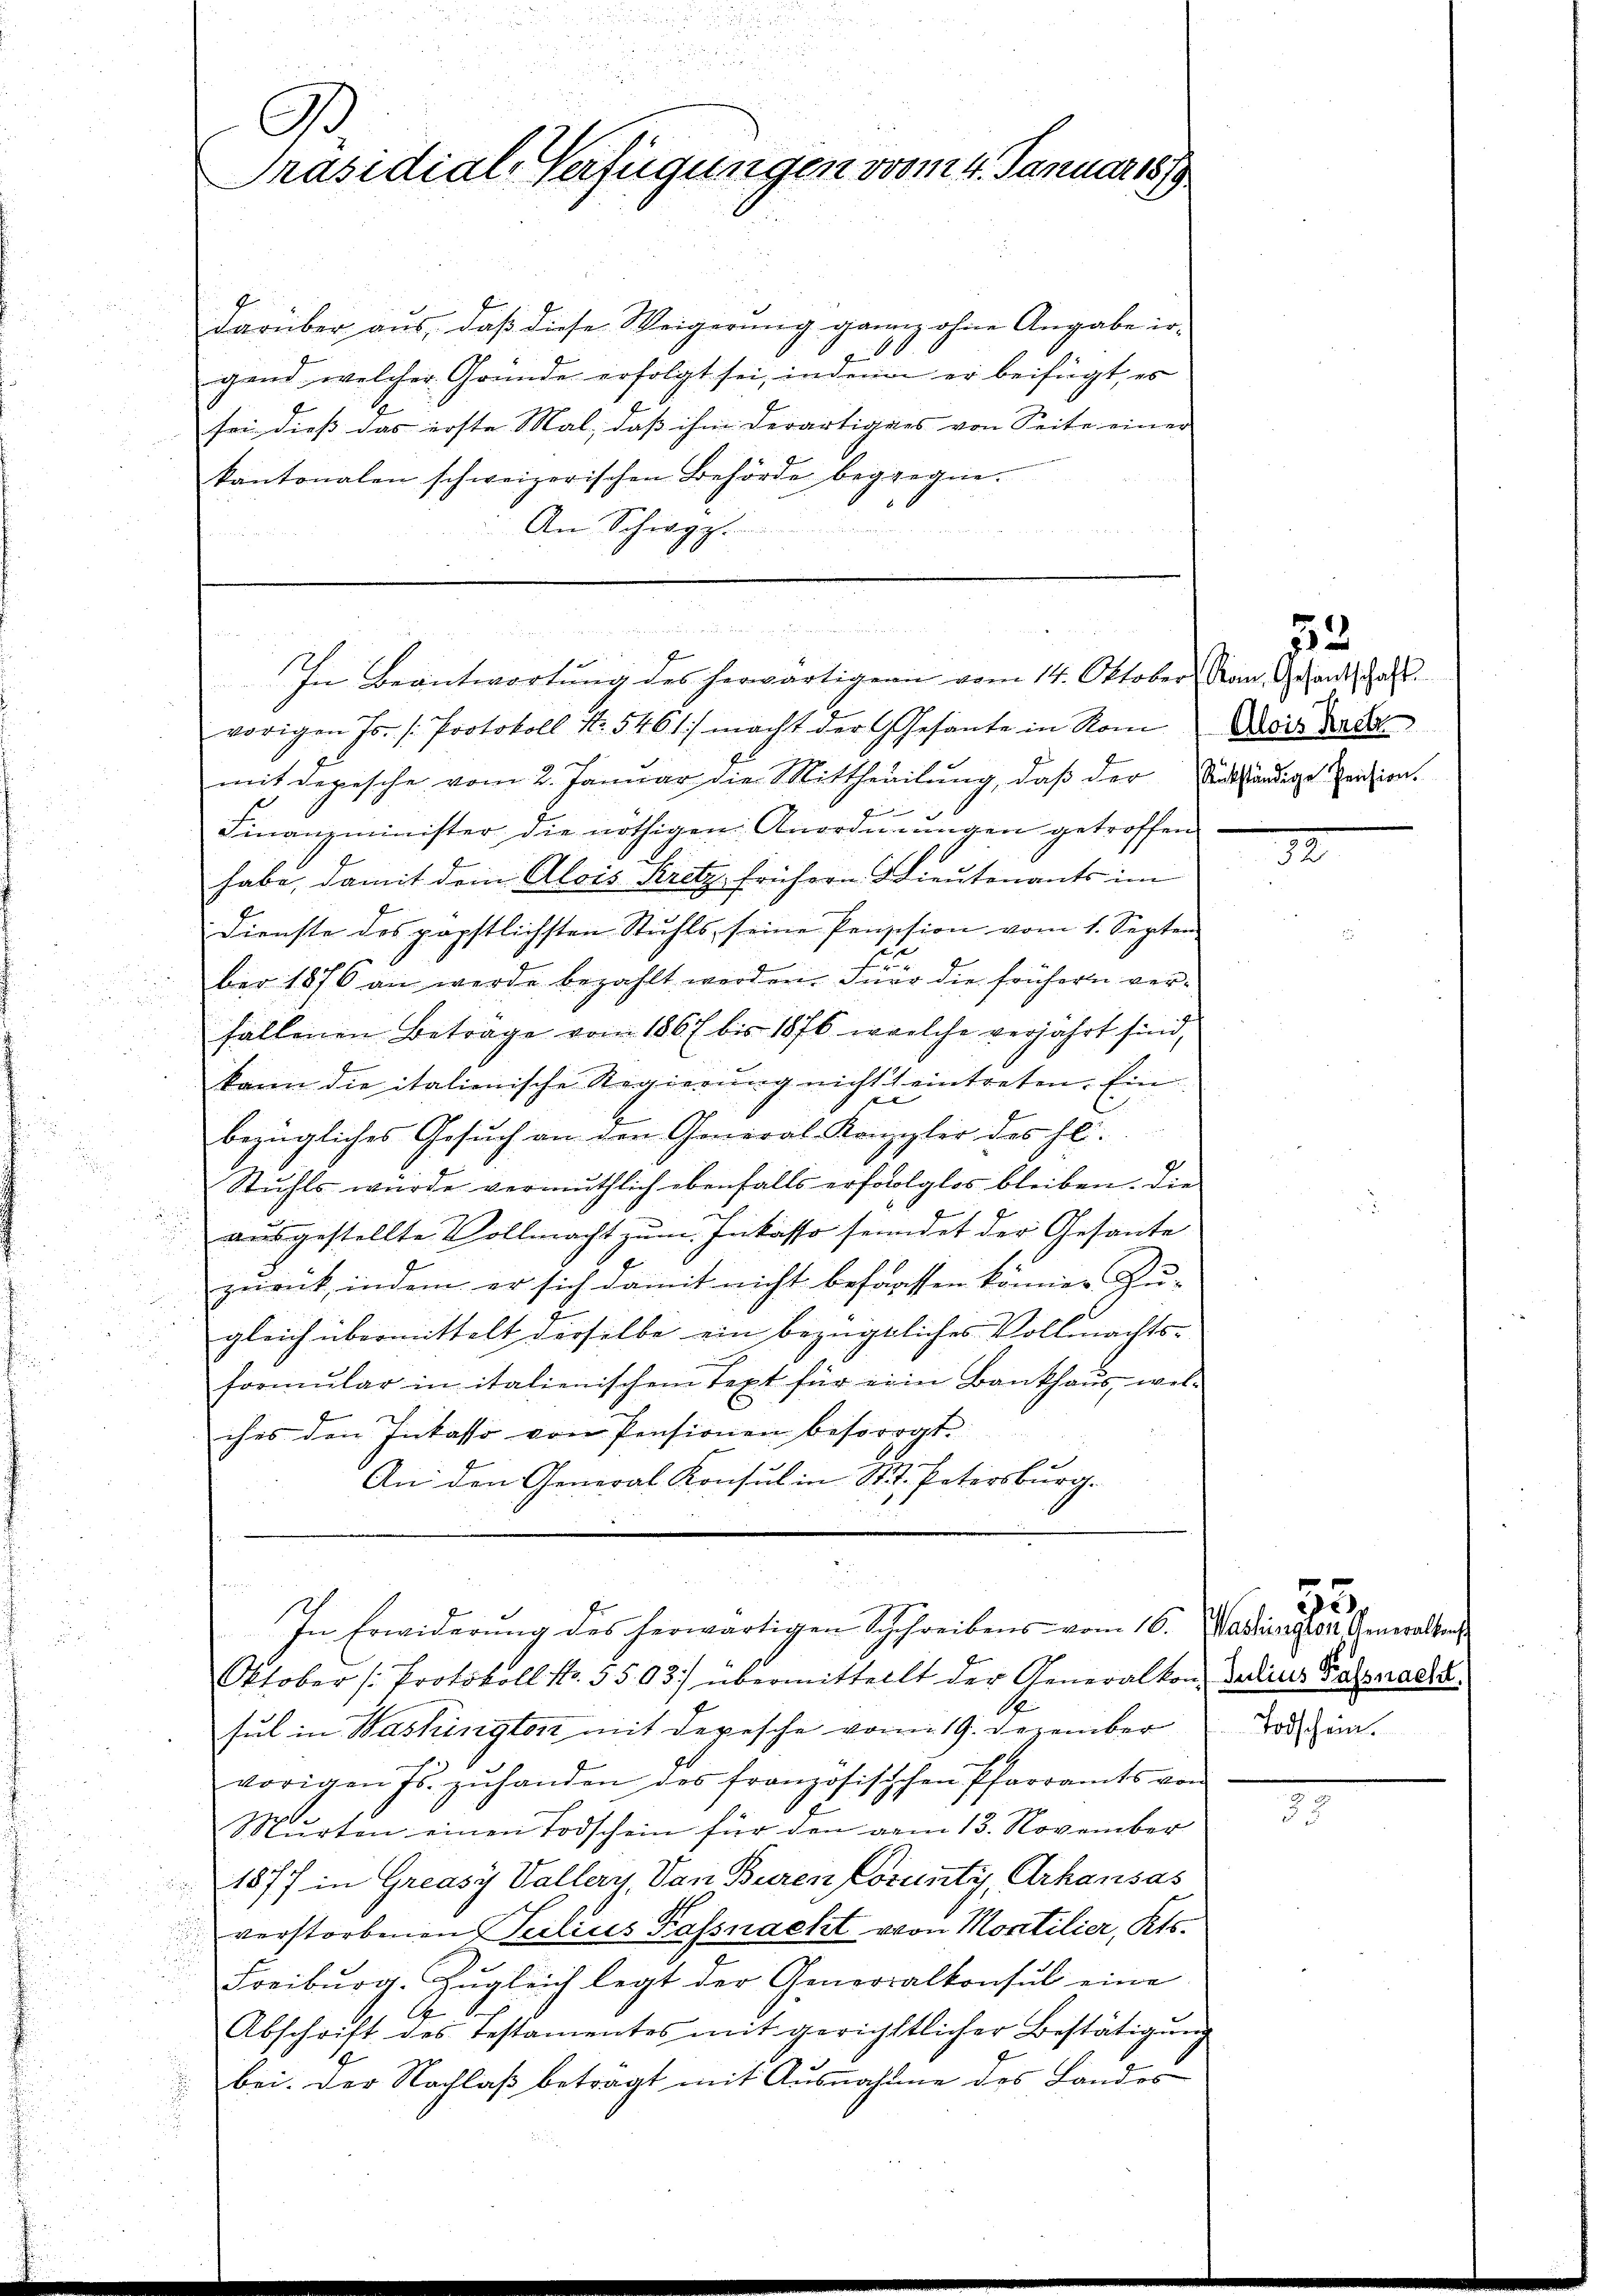
darüber aus, daß diese Weigerung ganz ohne Angabe ir-
.
gend welcher Gründe erfolgt sei, indem er beifügt, es
sei dieß das erste Mal, daβ ihm derartigens von Seite einer
kantonalen schweizerischen Behörde begegne.
An Schwyz.

Ge
Präsidial-Verfügungen vom 4. Januar 1889

vorigen Js. (Protokoll No. 5461) macht der Gesante in Rom
mit Depesche vom 2. Januar die Mittheilung, daß der Rückständige seition.
.
Finanzminister die nöthigen Anordnungen getroffen
habe, damit dem Alois Kretz, frühern Lieutenants im
Dienste des päpstlichsten Stuhls seine Penzision vom 1. Septem
2
f
ber 1876 an werde bezahlt werden. Iner die frühern verfallenen Betrage von 1867 bis 1876, welche verjährt sind,
kann die italienische Regierung nicht eintreten. Ein
zu
bezügliches Gesuch an den General-Kanzler des hl.
Stuhls würde vermuthlich ebenfalls erfololglos bleiben. Die
aŭsgestellte Vollmacht zum Inkasso seindet der Gesante
zurück, indem er sich damit nicht befaassen können Zu-
gleich übermittelt derselbe ein bezügliches Vollmachtsformŭlar in italienischem Text für ein Bankhaŭs, wel-
ches den Inkasso von Pensionen besorgt.
An den General Konsul in St. Petersburg.
Bier 18
u
In Erwiderŭng des herwärtigen Schreibens vom 16. Washingen Generalten
Oktober (Protokoll No. 5503) übermittellt der Generalkon, Julius Faßnacht
sul in Washington mit Depesche vom 19. Dezember Tod hinvorigen Js. zŭ handen des französischen Pfarramts von
Murten einen Todschein für den vom 13. November
1877 in Greasy Vallery, Von Buren Corunty, Arhausas
2
verstorbenen Scilius Kassnacht von Montilier, Kts.
Freiburg. Zugleich legt der Generalkonsul eine
Abschrift des Testamentes mit gerichtlicher Bestätigŭng
bei. Der Nachlaß betragt mit Ausnahme des Landes

te
In Beantwortung des herwärtigern vom 14. Oktober, Nan. Gesandtschafts

33
Alois Kretz

55